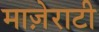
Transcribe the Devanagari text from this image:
माज़ेराटी